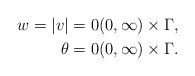
\begin{align*}w = |v| &= 0 (0, \infty) \times \Gamma, \\\theta &= 0 (0, \infty) \times \Gamma.\end{align*}